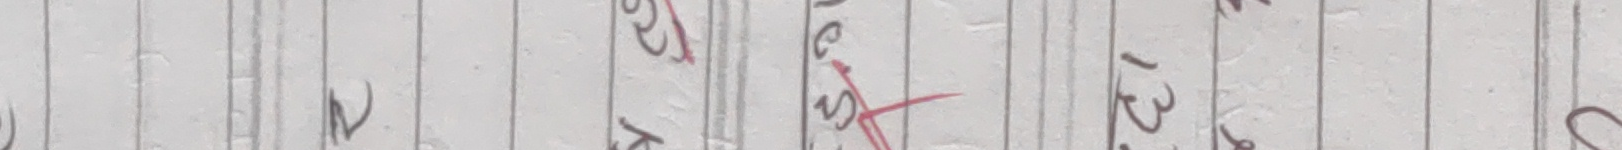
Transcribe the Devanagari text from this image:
११२२६०